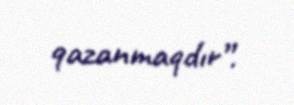
qazanmaqdır”.